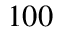
1 0 0